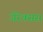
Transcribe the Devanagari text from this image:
जेरेक्सस